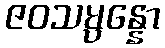
ဇဝသမ္ပန္နော